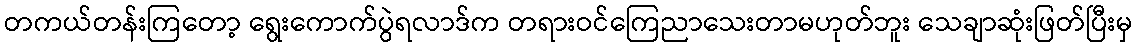
တကယ်တန်းကြတော့ ရွေးကောက်ပွဲရလာဒ်က တရားဝင်ကြေညာသေးတာမဟုတ်ဘူး သေချာဆုံးဖြတ်ပြီးမှ